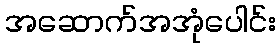
အဆောက်အအုံပေါင်း